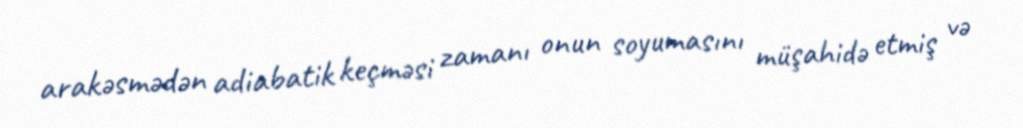
arakəsmədən adiabatik keçməsi zamanı onun soyumasını müşahidə etmiş və